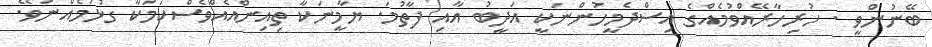
ބޭނުންވީ . ހުރިހާރޭއްވުމެއްގެ އިސްދެމީހުންނަކީ އަދީބު އާއި ފާތުމަ. ޔާމީނަކާ ތިއިންއެއްވެސްކަމަކާ ގުޅުމެއްނުވޭ.